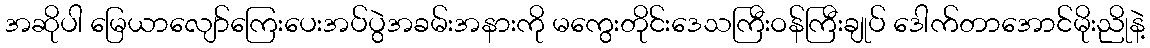
အဆိုပါ မြေယာလျော်ကြေးပေးအပ်ပွဲအခမ်းအနားကို မကွေးတိုင်းဒေသကြီးဝန်ကြီးချုပ် ဒေါက်တာအောင်မိုးညိုနဲ့